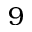
9